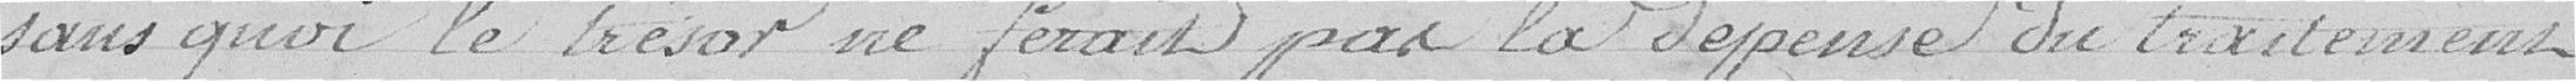
sans quoi le trésor ne ferait pas la dépense de traitement